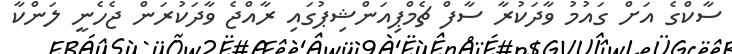
ސާކްގެ އަށް ގައުމު ވާދަކުރާ ސާފް ޗެމްޕިއަންޝިޕުގައި ރާއްޖެ ވާދަކުރަން ޖެހެނީ ލަންކާ